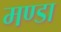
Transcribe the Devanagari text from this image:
मण्डा